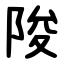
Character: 陖